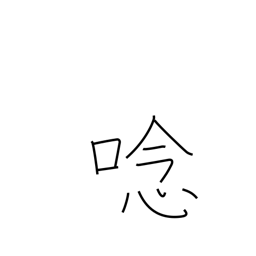
Meaning: roar